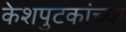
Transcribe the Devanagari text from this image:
केशपुटकांच्या